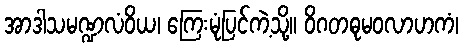
အာဒါသမဏ္ဍလံဝိယ၊ ကြေးမုံပြင်ကဲ့သို့။ ဝိဂတဓုမဝလာဟကံ၊